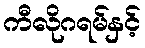
ကီလိုဂရမ်နှင့်